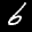
Label: 6